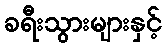
ခရီးသွားများနှင့်